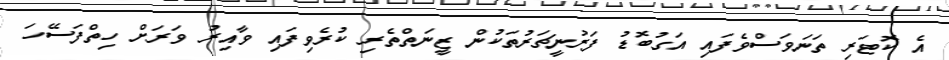
އެ ކޮޓަރި ތަނަވަސްވެފައި އަގުބޮޑު ފަރުނީޗަރުތަކުން ޒީނަތްތެރި ކުރެވިފައި ވާއިރު ވަރަށް ހިތްފަސޭހަ